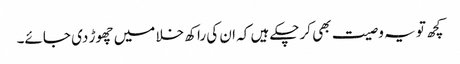
کچھ تو یہ وصیت بھی کرچکے ہیں کہ ان کی راکھ خلا میں چھوڑ دی جائے۔